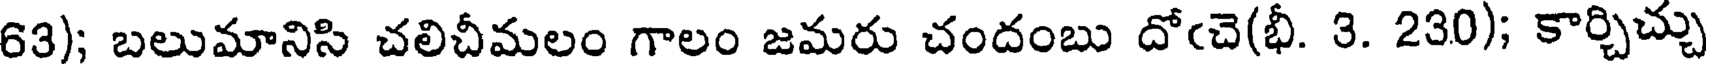
63); బలుమానిసి చలిచీమలం గాలం జమరు చందంబు దో(చె(భీ. 3. 230); కార్చిచ్చు